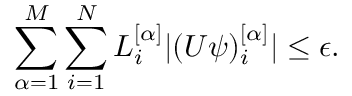
\sum _ { \alpha = 1 } ^ { M } \sum _ { i = 1 } ^ { N } L _ { i } ^ { [ \alpha ] } | ( U \psi ) _ { i } ^ { [ \alpha ] } | \leq \epsilon .